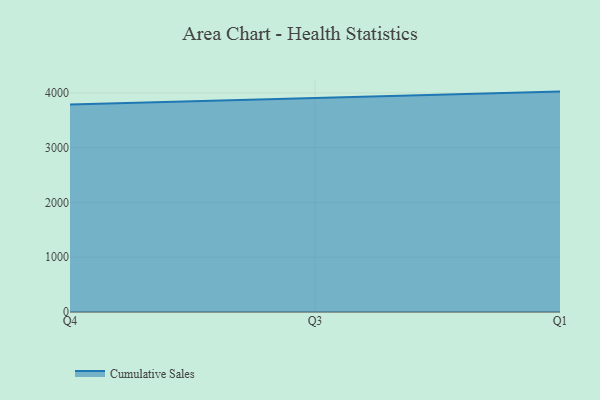
{"axis": {"x": "Quarter", "y": "Gross Profit (USD K)"}, "legend": ["Cumulative Sales"], "data": [{"x": "Q4", "y": 3787.6, "type": "Cumulative Sales"}, {"x": "Q3", "y": 3902.4, "type": "Cumulative Sales"}, {"x": "Q1", "y": 4024.4, "type": "Cumulative Sales"}]}